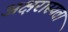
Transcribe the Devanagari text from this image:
अक्षरास्यता